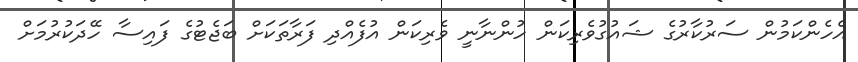
އެހެންކަމުން ސަރުކާރުގެ ޝައުގުވެރިކަން ހުންނާނީ ވެރިކަން އުފެއްދި ފަރާތަކަށް ބަޖެޓުގެ ފައިސާ ހޭދަކުރުމަށް